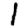
Digit: 1